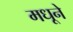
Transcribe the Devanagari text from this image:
मधूने